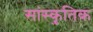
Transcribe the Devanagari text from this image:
सांस्कृ़तिक